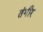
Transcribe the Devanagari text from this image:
तंगीर